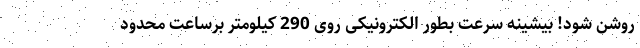
روشن شود! بیشینه سرعت بطور الکترونیکی روی 290 کیلومتر برساعت محدود